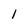
Character: 1